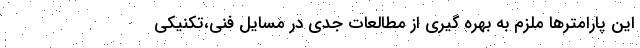
این پارامترها ملزم به بهره گیری از مطالعات جدی در مسایل فنی،تکنیکی